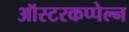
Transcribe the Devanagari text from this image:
ऑस्टरकप्पेल्न